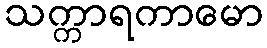
သက္ကာရကာမော